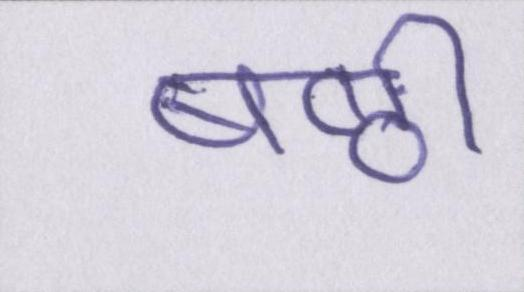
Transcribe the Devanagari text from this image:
षष्ठी